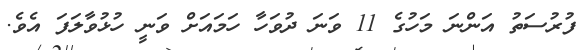
ފުރުސަތު އަންނަ މަހުގެ 11 ވަނަ ދުވަހާ ހަމައަށް ވަނީ ހުޅުވާލަފަ އެވެ.